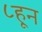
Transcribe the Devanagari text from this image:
८हून